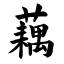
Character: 藕